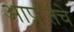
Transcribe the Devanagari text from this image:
आपूर्तिचे